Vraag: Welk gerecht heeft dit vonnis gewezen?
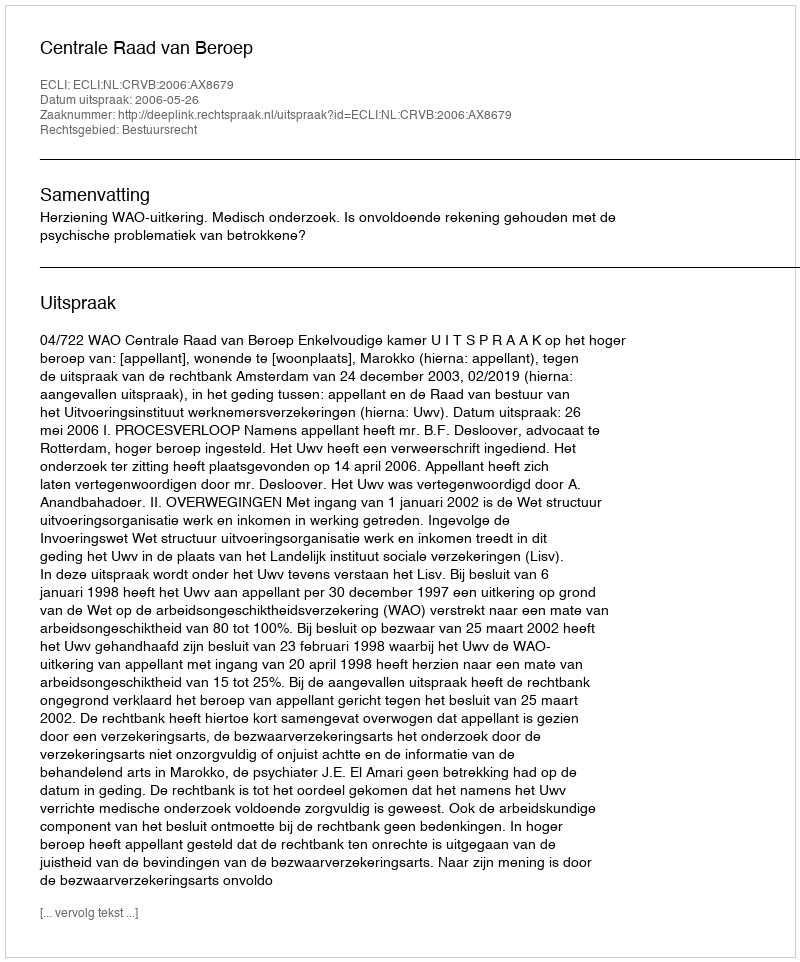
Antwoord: Centrale Raad van Beroep